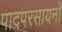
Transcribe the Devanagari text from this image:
पादपरसायनों